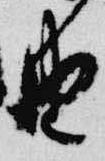
由